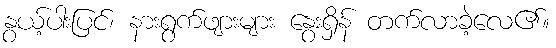
နွယ့်ပါးပြင်၊ နားရွက်ဖျားများ နွေးရှိန် တက်လာခဲ့လေ၏။